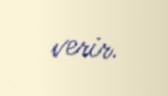
verir.